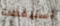
أستيقظت